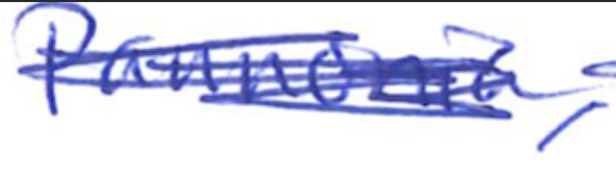
Text: Pannonia,
Cross-out: scratch
Writing tool: ballpoint